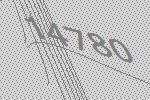
14780